Document type: Fief grant
Year: 1411
Scribe: Arnau de Lledó
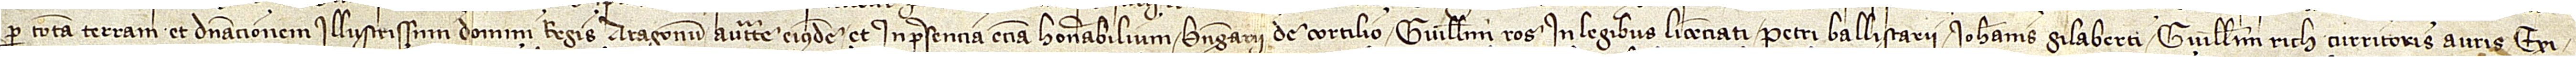
per totam terram et dominacionem illustrissimi domini regis Aragonum auctoritate eiusdem, et in presencia etiam honorabilium Berengarii de Cortilio, Guillelmi Ros, in legibus licenciati, Petri Ballistarii, Iohannis Gilaberti, Guillelmi Rich, curritoris auris, Exi-